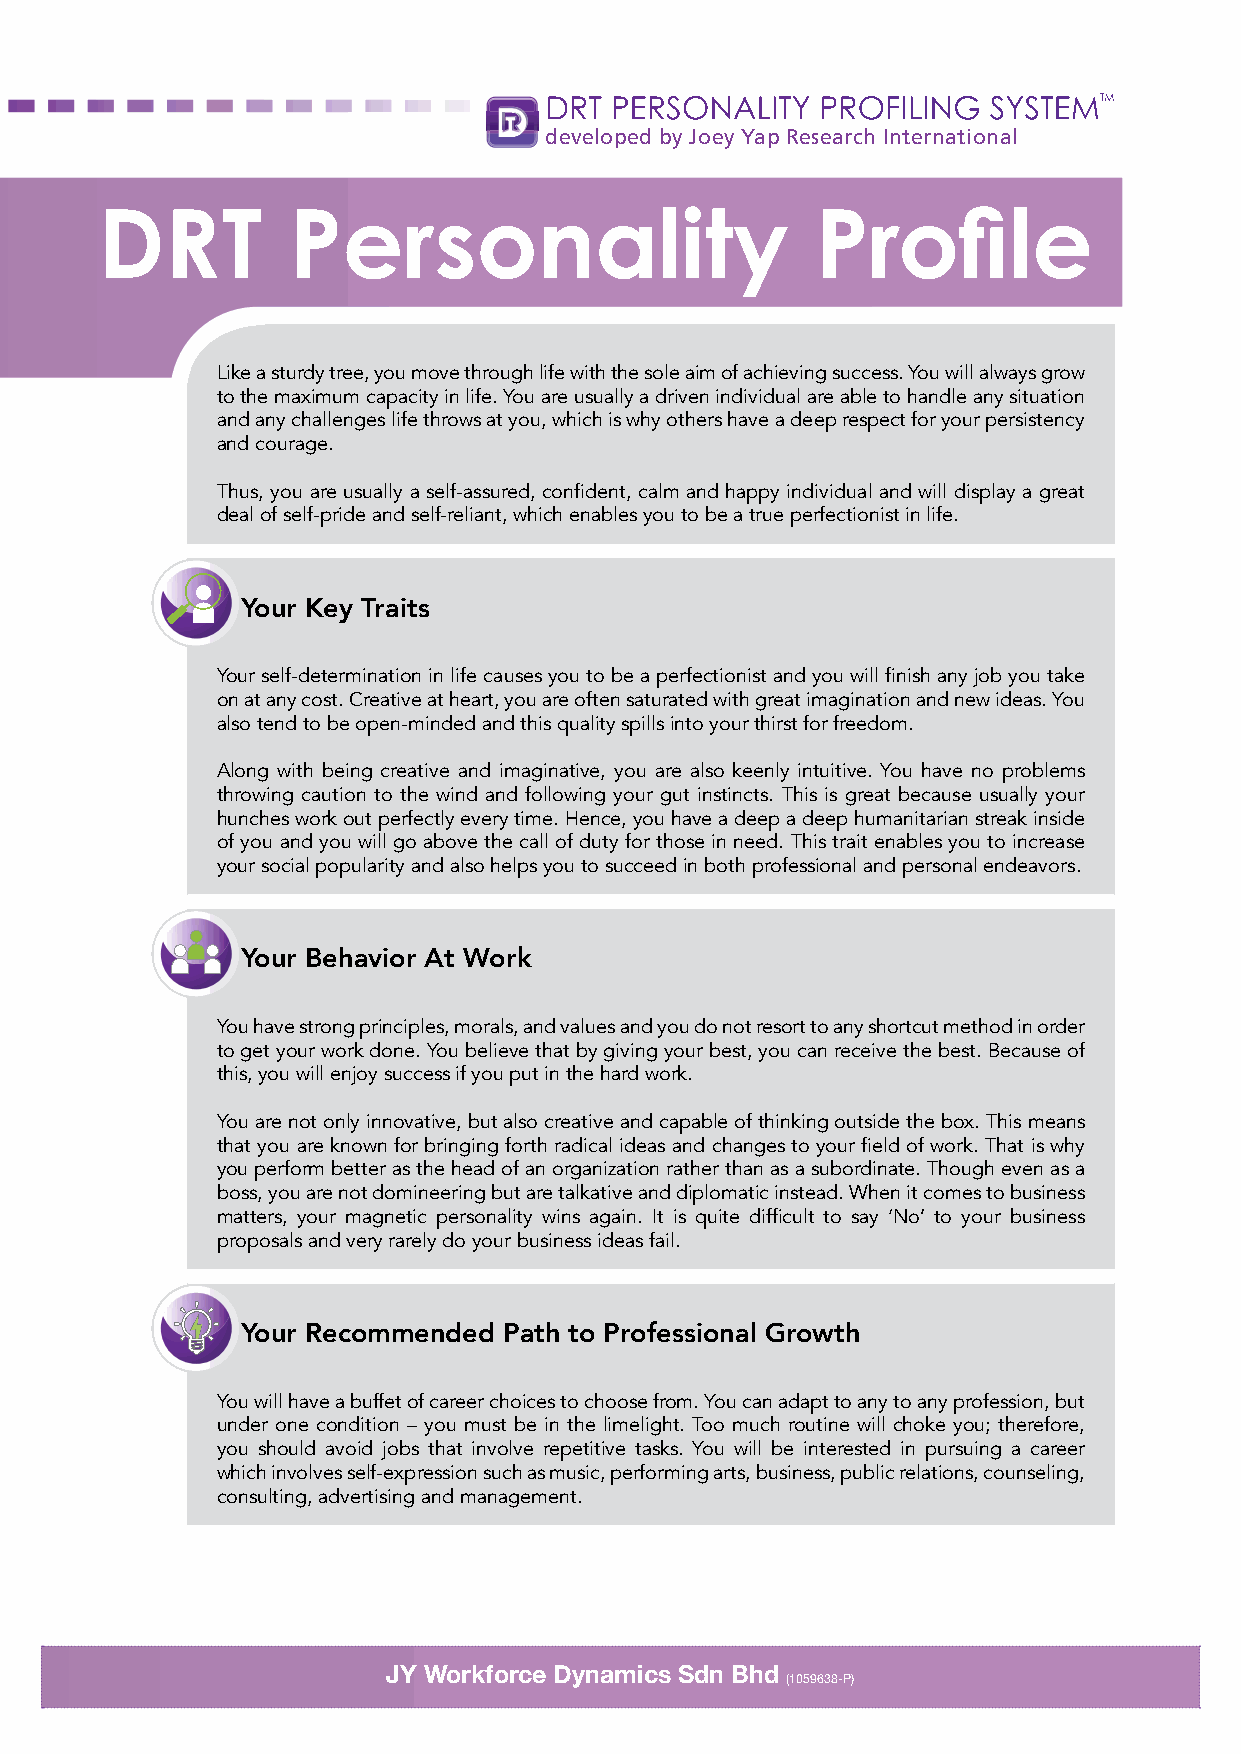
DRT CAREER   PROFILING  SYSTEMTM
 DRT PERSONALITY   PROFILING  SYSTEMTM
 developed by Joey Yap Research International
 developed by Joey Yap Research International
 DDRRT       TP  Peersrosonnaalitliyty           P  Prorofifilele
 Like a sturdy tree, you move through life with the sole aim of achieving success. You will always grow
 to the maximum capacity in life. You are usually a driven individual are able to handle any situation
 and any challenges life throws at you, which is why others have a deep respect for your persistency
 and courage.
 Thus, you are usually a self-assured, confident, calm and happy individual and will display a great
 deal of self-pride and self-reliant, which enables you to be a true perfectionist in life.
 Your Key Traits
 Your self-determination in life causes you to be a perfectionist and you will finish any job you take
 on at any cost. Creative at heart, you are often saturated with great imagination and new ideas. You
 also tend to be open-minded and this quality spills into your thirst for freedom.
 Along with being creative and imaginative, you are also keenly intuitive. You have no problems
 throwing caution to the wind and following your gut instincts. This is great because usually your
 hunches work out perfectly every time. Hence, you have a deep a deep humanitarian streak inside
 of you and you will go above the call of duty for those in need. This trait enables you to increase
 your social popularity and also helps you to succeed in both professional and personal endeavors.
 Your Behavior At Work
 You have strong principles, morals, and values and you do not resort to any shortcut method in order
 to get your work done. You believe that by giving your best, you can receive the best. Because of
 this, you will enjoy success if you put in the hard work.
 You are not only innovative, but also creative and capable of thinking outside the box. This means
 that you are known for bringing forth radical ideas and changes to your field of work. That is why
 you perform better as the head of an organization rather than as a subordinate. Though even as a
 boss, you are not domineering but are talkative and diplomatic instead. When it comes to business
 matters, your magnetic personality wins again. It is quite difficult to say ‘No’ to your business
 proposals and very rarely do your business ideas fail.
 Your Recommended Path to Professional Growth
 You will have a buffet of career choices to choose from. You can adapt to any to any profession, but
 under one condition – you must be in the limelight. Too much routine will choke you; therefore,
 you should avoid jobs that involve repetitive tasks. You will be interested in pursuing a career
 which involves self-expression such as music, performing arts, business, public relations, counseling,
 consulting, advertising and management.
 JY Workforce Dynamics Sdn Bhd
 JY Workforce Dynamics Sdn Bhd  (1059638-P)
 (1059638-P)